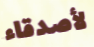
لأصدقاء